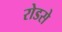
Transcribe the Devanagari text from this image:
रोडसे